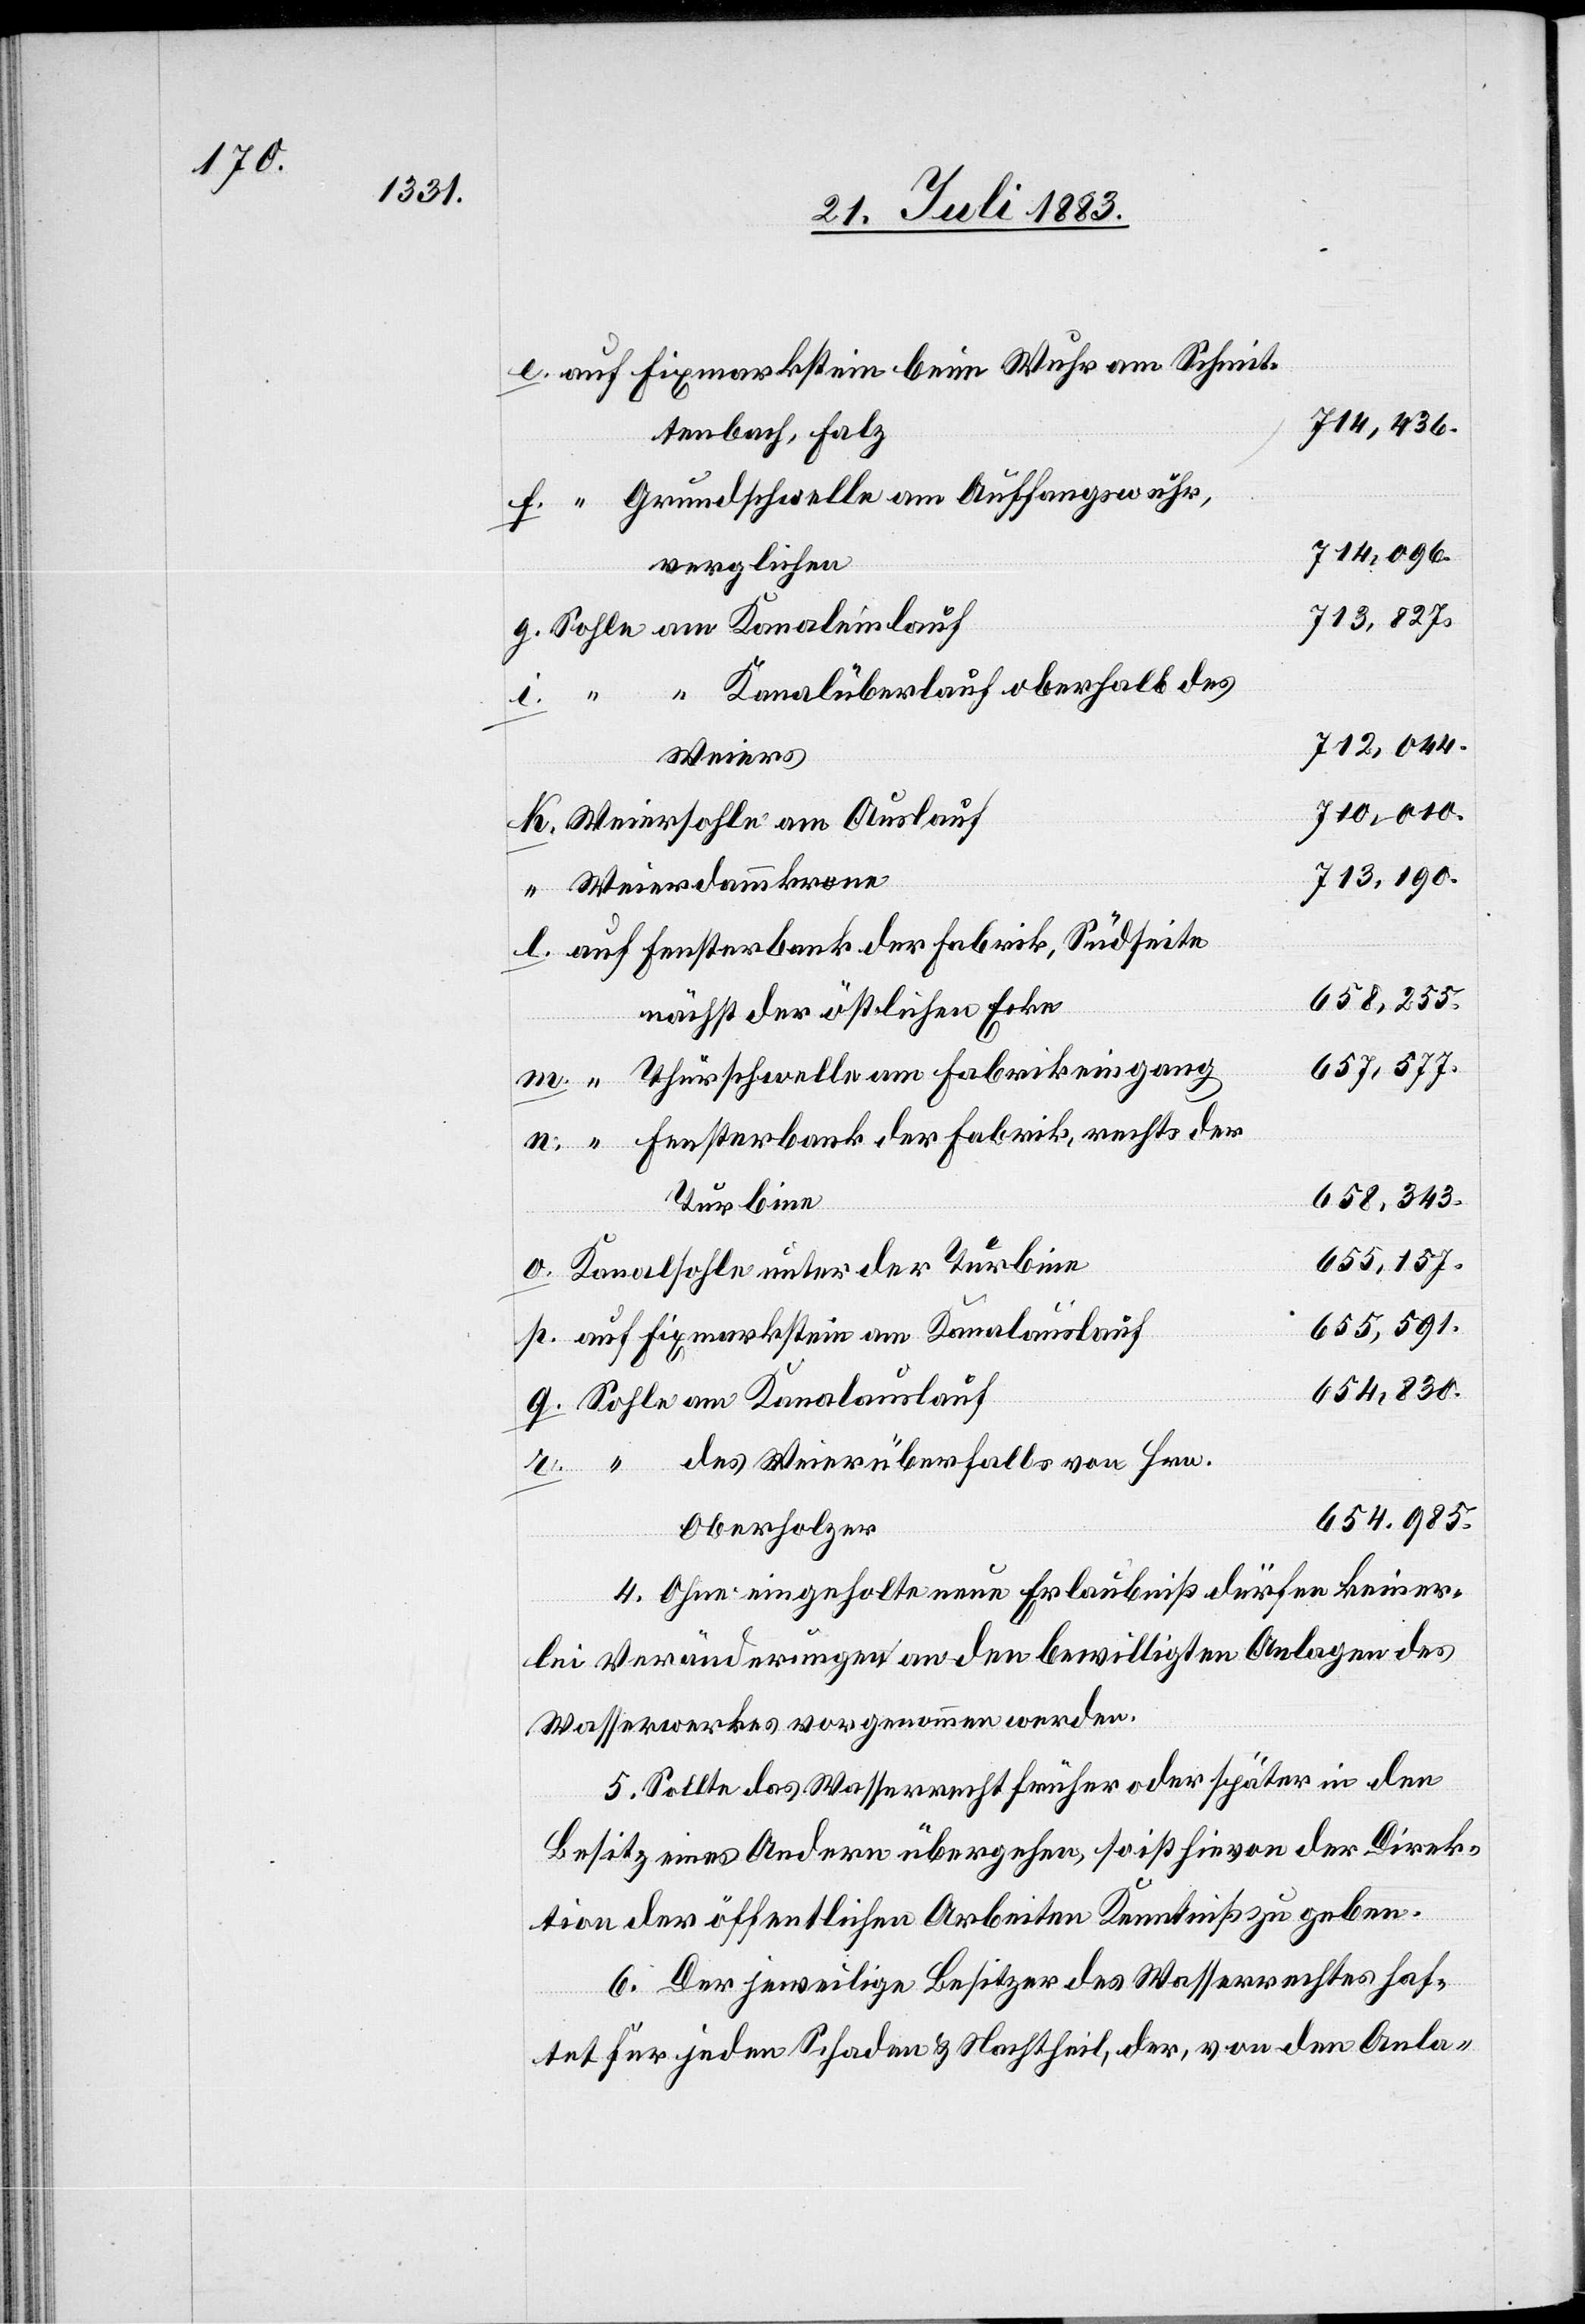
auf Fixmarkstein beim Wuhr am Schmit¬
tenbach, Falz
Grundschwelle am Auffangswuhr,
verglichen
Sohle am Kanaleinlauf
“ “ Kanalüberlauf oberhalb des
Weiers
Weiersohle am Auslauf
Weierdammkrone
auf Fensterbank der Fabrik, Südseite
nächst der östlichen Ecke
“ Thürschwelle am Fabrikeingang
“ Fensterbank der Fabrik, rechts der
Turbine
Kanalsohle unter der Turbine
auf Fixmarkstein am Kanalauslauf
Sohle am Kanalauslauf
des Weierüberfalles von Hrn.
e.
985.
Oberholzer
4. Ohne eingeholte neue Erlaubniß dürfen keiner¬
lei Veränderungen an den bewilligten Anlagen des
Wasserwerkes vorgenommen werden.
5. Sollte das Wasserrecht früher oder später in der
Besitz eines Andern übergehen, so ist hievon der Direk¬
tion der öffentlichen Arbeiten Kenntniß zu geben.
6. Der jeweilige Besitzer des Wasserrechtes haf¬
tet für jeden Schaden & Nachtheil, der, von den Anla-